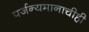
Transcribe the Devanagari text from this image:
पर्जन्यमानाचीही